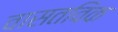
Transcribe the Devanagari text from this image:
वासतविक